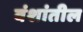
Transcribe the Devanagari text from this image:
वंशांतील